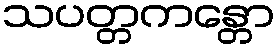
သပတ္တကန္တော